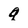
Character: q